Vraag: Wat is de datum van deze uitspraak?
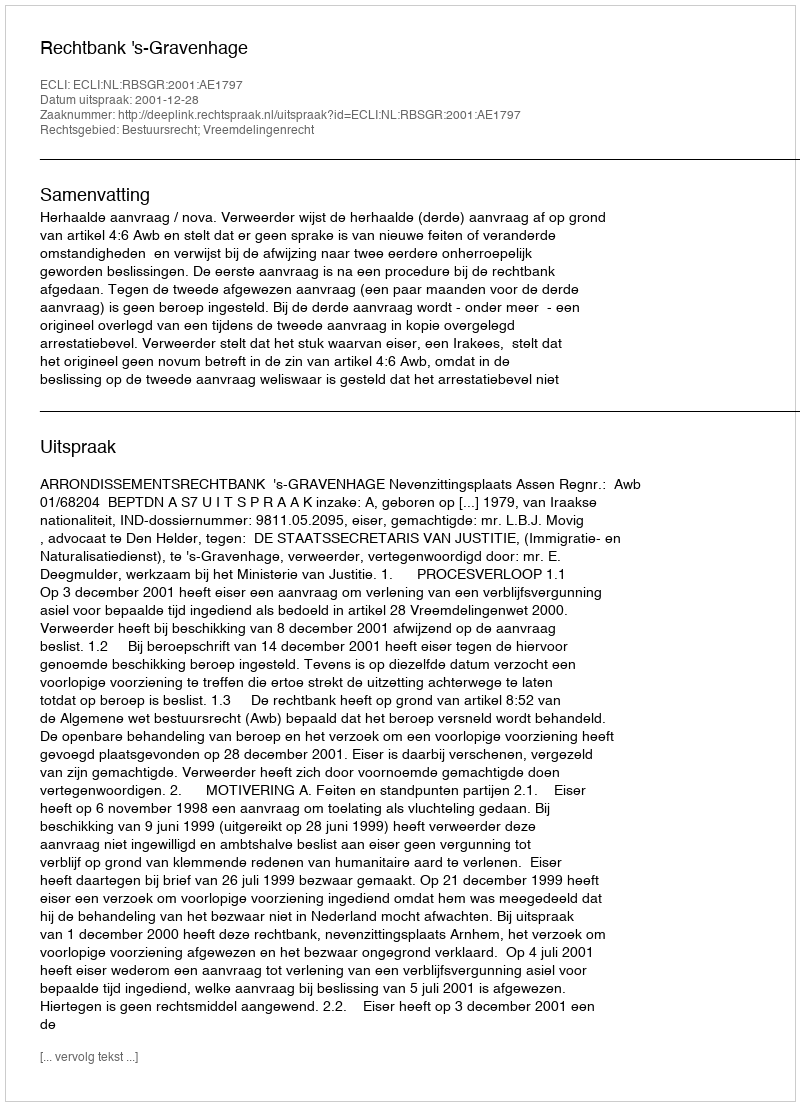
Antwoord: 2001-12-28